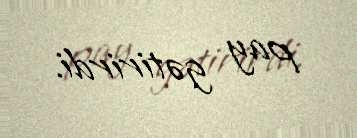
pay gətirirdi.